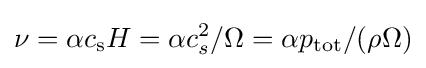
\nu =\alpha c_{\rm {s}}H=\alpha c_{s}^{2}/\Omega =\alpha p_{\mathrm {tot} }/(\rho \Omega )